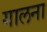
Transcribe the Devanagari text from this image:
गालना